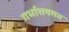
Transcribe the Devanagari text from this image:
गर्भाशयगत